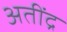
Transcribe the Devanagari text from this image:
अतींद्र